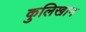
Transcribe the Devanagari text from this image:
कुलिखान